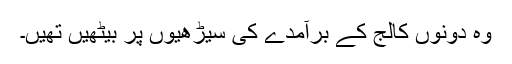
وہ دونوں کالج کے برآمدے کی سیڑھیوں پر بیٹھیں تھیں۔